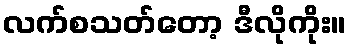
လက်စသတ်တော့ ဒီလိုကိုး။